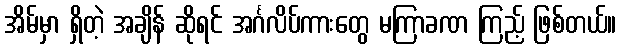
အိမ်မှာ ရှိတဲ့ အချိန် ဆိုရင် အင်္ဂလိပ်ကားတွေ မကြာခဏ ကြည့် ဖြစ်တယ်။